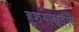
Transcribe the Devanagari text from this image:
हुशंगाबादस्थ